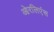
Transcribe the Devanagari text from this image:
ओरलिएंस